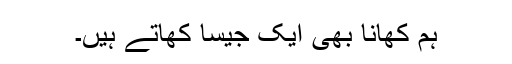
ہم کھانا بھی ایک جیسا کھاتے ہیں۔